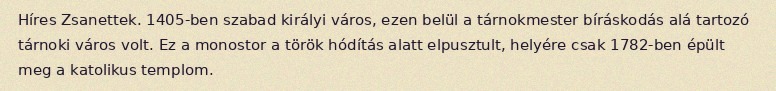
Híres Zsanettek. 1405-ben szabad királyi város, ezen belül a tárnokmester bíráskodás alá tartozó tárnoki város volt. Ez a monostor a török hódítás alatt elpusztult, helyére csak 1782-ben épült meg a katolikus templom.